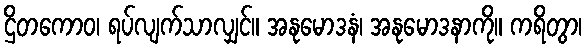
ဌိတကောဝ၊ ရပ်လျက်သာလျှင်။ အနုမောဒနံ၊ အနုမောဒနာကို။ ကရိတွာ၊